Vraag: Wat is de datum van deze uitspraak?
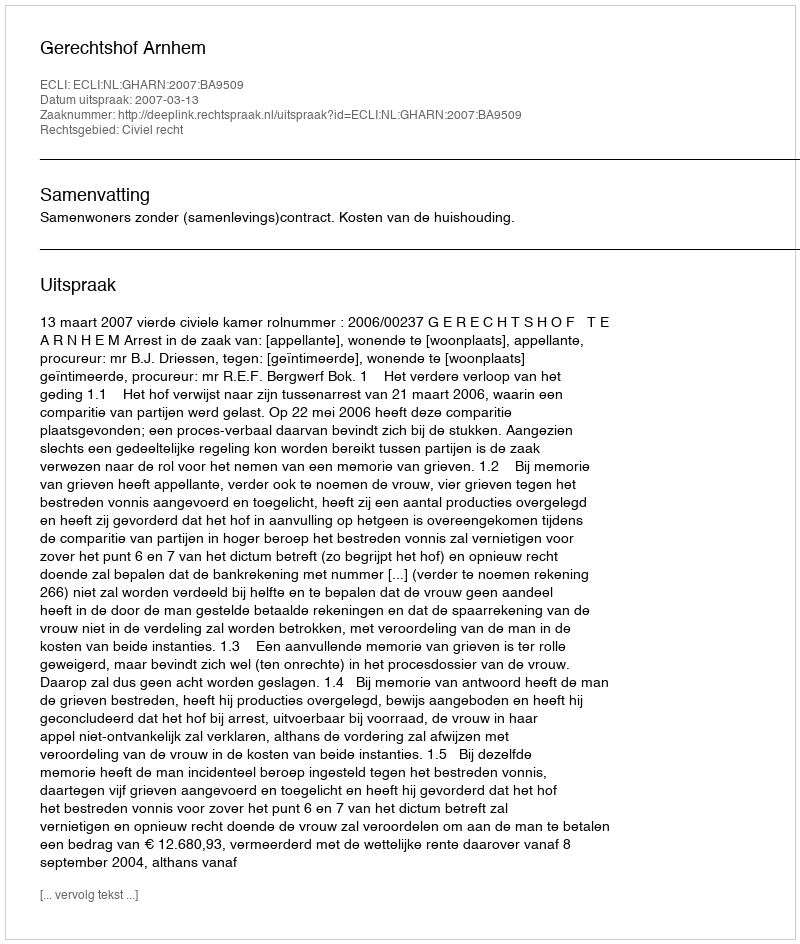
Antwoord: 2007-03-13